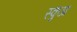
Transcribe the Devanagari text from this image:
स्कुआ